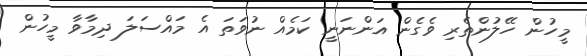
މީހުން ހޭލުންތެރި ވެގެން އަންނަނީ ކަމެއް ނުވަތަ އެ މައްސަލަ ދިމާވާ މީހުން